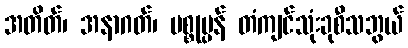
အတိတ်၊ အနာဂတ်၊ ပစ္စုပ္ပန် တံကျင်သုံးခုစီသဘွယ်